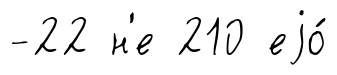
-22 н'е 210 еjо́